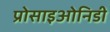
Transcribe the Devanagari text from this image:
प्रोसाइओनिडी